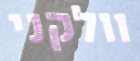
וולקני